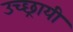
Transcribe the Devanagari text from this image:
उच्छ्रायी